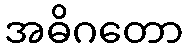
အဓိဂတော